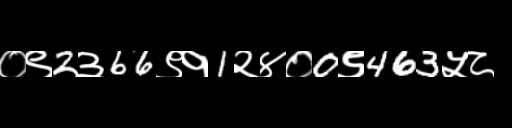
Text: ०९2३66९१1२४०0९463५८